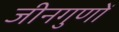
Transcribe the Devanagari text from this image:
जीनगुणों